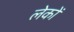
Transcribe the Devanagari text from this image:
लेकों